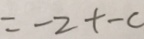
= - 2 + - c